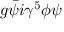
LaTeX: g { \bar { \psi } } i \gamma ^ { 5 } \phi \psi